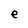
Character: e